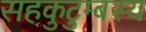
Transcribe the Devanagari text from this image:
सहकुटुम्बस्य